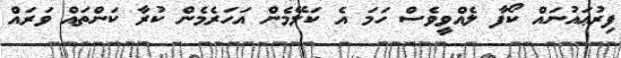
ފިރުޢައުނައް ކޯފާ ލެއްވީވެސް ހަމަ އެ ކަލޭމެން އަހަރެމެން ކުރާ ކަންތައް ވަރައް